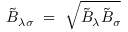
\tilde { B } _ { \lambda \sigma } ~ = ~ \sqrt { \tilde { B } _ { \lambda } \tilde { B } _ { \sigma } }